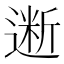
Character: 𰻋